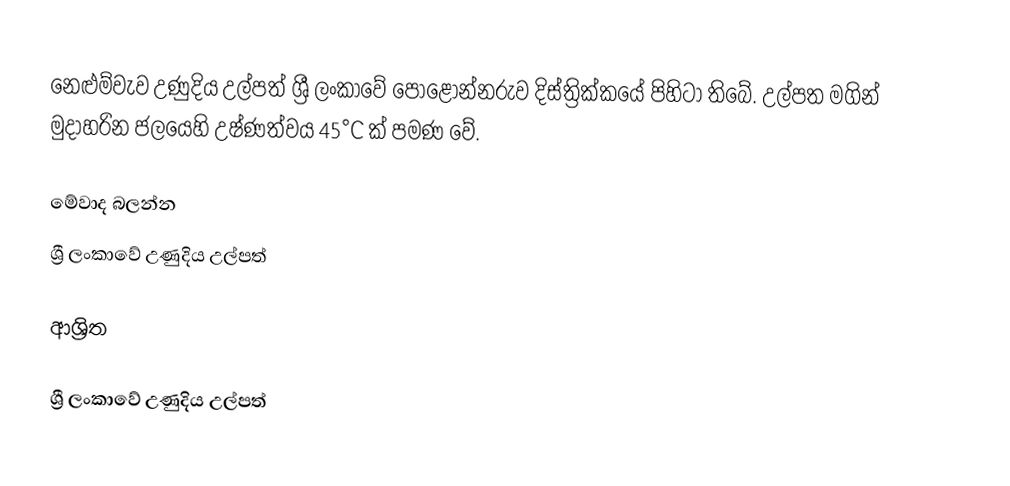
නෙළුම්වැව උණුදිය උල්පත්  ශ්‍රී ලංකාවේ පොළොන්නරුව දිස්ත්‍රික්කයේ පිහිටා තිබේ. උල්පත මගින් මුදාහරින ජලයෙහි උෂ්ණත්වය 45°C ක් පමණ වේ.

මේවාද බලන්න
 ශ්‍රී ලංකාවේ උණුදිය උල්පත්

ආශ්‍රිත

ශ්‍රී ලංකාවේ උණුදිය උල්පත්